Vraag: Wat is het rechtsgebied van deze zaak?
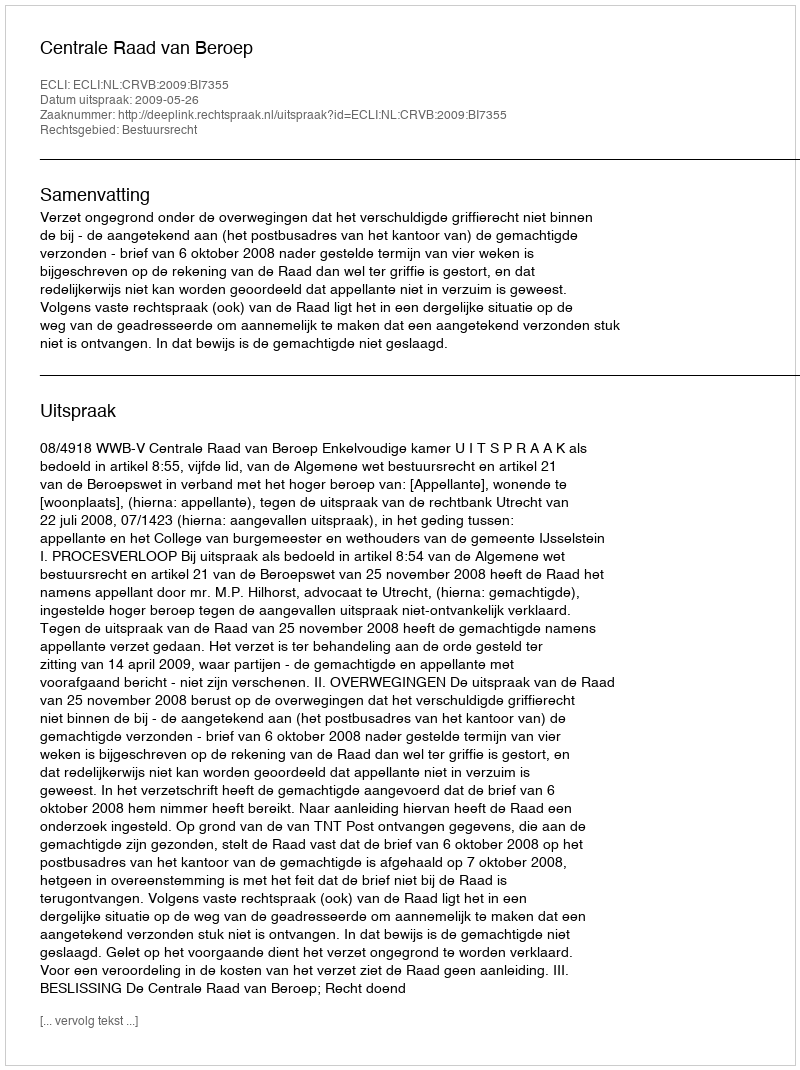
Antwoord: Bestuursrecht